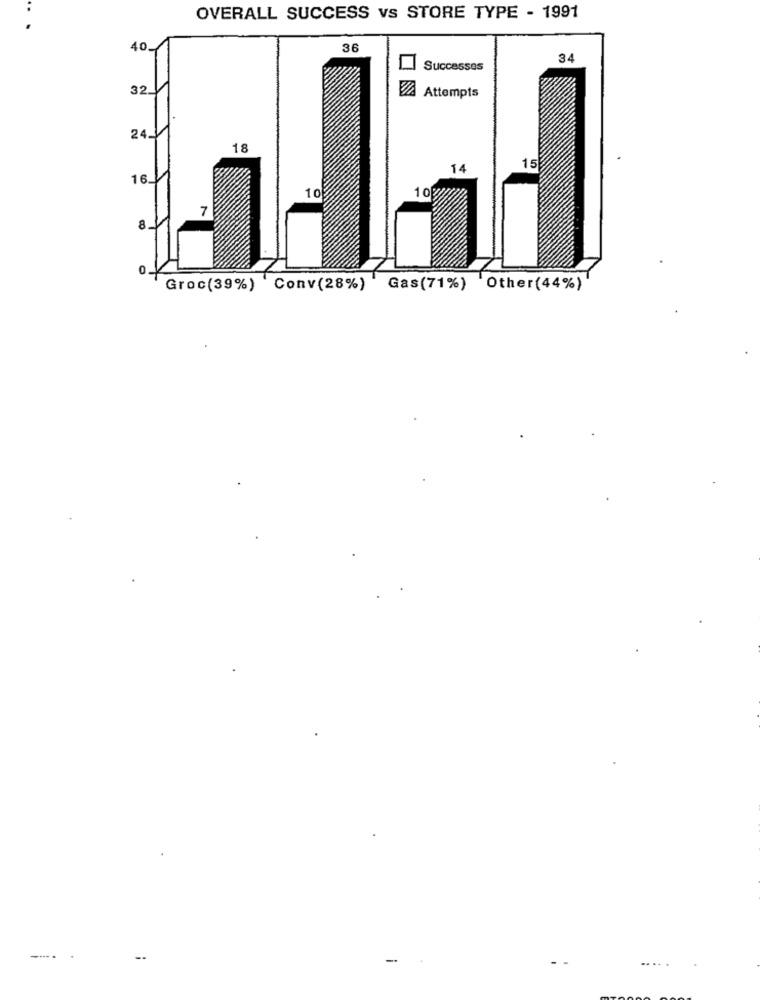
..
OVERALL SUCCESS Vs STORE TYPE - 1991
40
36
34
Successes
32
ZA Attempts
24.1
18
14
15
16.
10
7
8
Groc(39%) Conv(28%) Gas(71%) Other(44%)